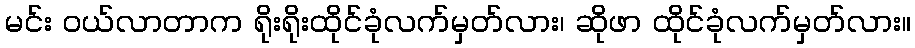
မင်း ဝယ်လာတာက ရိုးရိုးထိုင်ခုံလက်မှတ်လား၊ ဆိုဖာ ထိုင်ခုံလက်မှတ်လား။